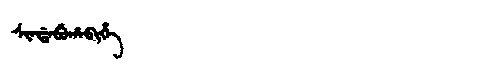
Manchu: ᠰᡳᠨᡩᠠᠪᡠᡥᠠᠪᡳᡥᡝ
Romanization: SINDABUHABIHE